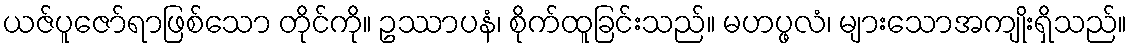
ယဇ်ပူဇော်ရာဖြစ်သော တိုင်ကို။ ဥဿာပနံ၊ စိုက်ထူခြင်းသည်။ မဟပ္ဖလံ၊ များသောအကျိုးရှိသည်။